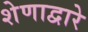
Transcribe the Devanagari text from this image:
शेणाद्वारे